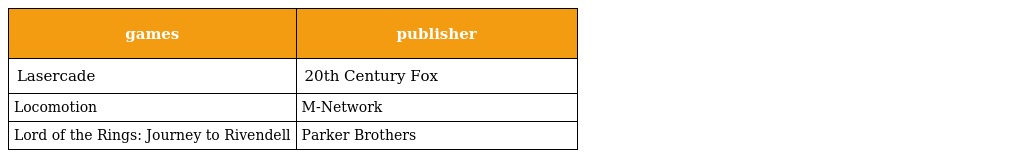
| games | publisher |
 | --- | --- |
 | Lasercade | 20th Century Fox |
 | Locomotion | M-Network |
 | Lord of the Rings: Journey to Rivendell | Parker Brothers |